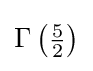
\Gamma \left({\tfrac {5}{2}}\right)